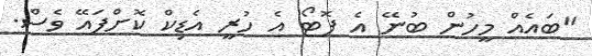
"ބައެއް މީހުން ބުނޭ އެ ފޮޓޯ އެ ހުރީ އެޑިކް ކޮށްފައޭ ވެސް.